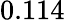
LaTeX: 0.114